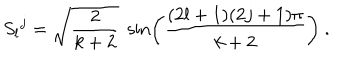
LaTeX: S _ { l } { } ^ { j } = \sqrt { \frac { 2 } { k + 2 } } \; \sin \left( \frac { ( 2 l + 1 ) ( 2 j + 1 ) \pi } { k + 2 } \right) \ .